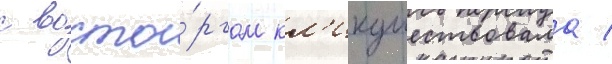
с восто́ргом кл'икушествовала /